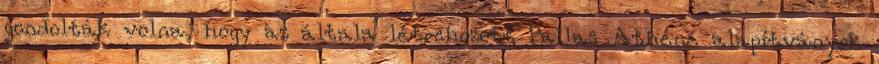
gondolták volna, hogy az általa létrehozott Pallas Athéné alapítványok